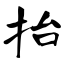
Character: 抬